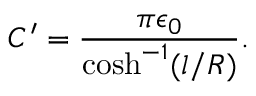
C ^ { \prime } = \frac { \pi \epsilon _ { 0 } } { \cosh ^ { - 1 } ( { l } / { R } ) } .